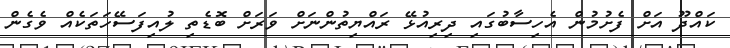
ކައްދޫ އަށް ފެށުމުން އެހިސާބުގައި ދިރިއުޅޭ ރައްޔިތުންނަށް ވަރަށް ބޮޑެތި ލުއިފަސޭހަތަކެއް ވެގެން